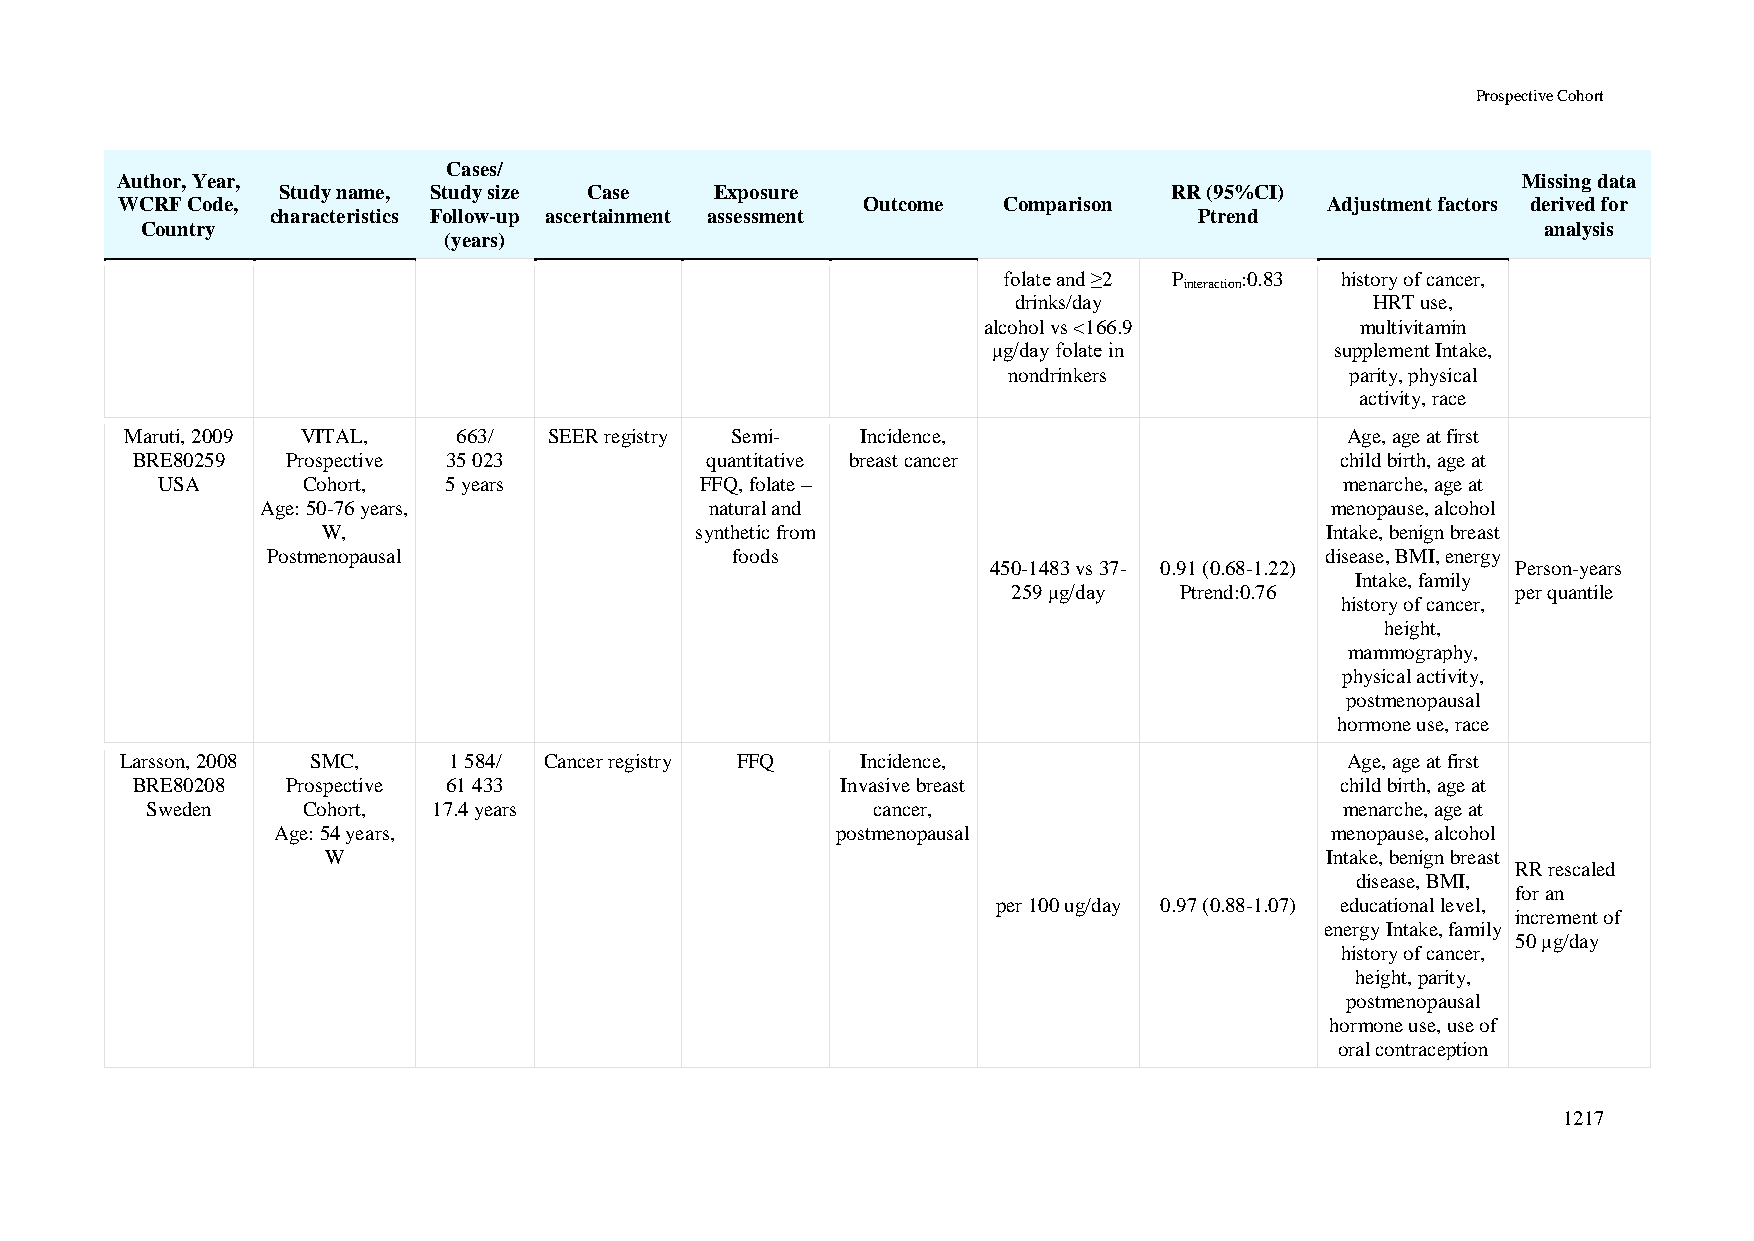
Prospective Cohort
 Cases/
 Author, Year,                                                                                Missing data
 Study name, Study size Case  Exposure                       RR (95%CI)
 WCRF Code,                                       Outcome  Comparison            Adjustment factors derived for
 characteristics Follow-up ascertainment assessment           Ptrend
 Country                                                                                      analysis
 (years)
 folate and ≥2 P :0.83  history of cancer,
 interaction
 drinks/day              HRT use,
 alcohol vs <166.9        multivitamin
 μg/day folate in      supplement Intake,
 nondrinkers           parity, physical
 activity, race
 Maruti, 2009 VITAL,   663/  SEER registry Semi-  Incidence,                      Age, age at first
 BRE80259  Prospective 35 023          quantitative breast cancer                child birth, age at
 USA       Cohort,  5 years          FFQ, folate –                              menarche, age at
 Age: 50-76 years,             natural and                              menopause, alcohol
 W,                       synthetic from                            Intake, benign breast
 Postmenopausal                foods                                   disease, BMI, energy
 450-1483 vs 37- 0.91 (0.68-1.22)  Person-years
 Intake, family
 259 μg/day Ptrend:0.76           per quantile
 history of cancer,
 height,
 mammography,
 physical activity,
 postmenopausal
 hormone use, race
 Larsson, 2008 SMC,    1 584/ Cancer registry FFQ Incidence,                      Age, age at first
 BRE80208  Prospective 61 433                   Invasive breast                  child birth, age at
 Sweden    Cohort,  17.4 years                   cancer,                        menarche, age at
 Age: 54 years,                       postmenopausal                   menopause, alcohol
 W                                                                  Intake, benign breast
 RR rescaled
 disease, BMI,
 for an
 per 100 ug/day 0.97 (0.88-1.07) educational level,
 increment of
 energy Intake, family
 50 μg/day
 history of cancer,
 height, parity,
 postmenopausal
 hormone use, use of
 oral contraception
 1217